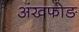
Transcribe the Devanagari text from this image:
अंखफोङ